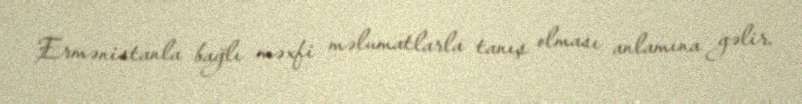
Ermənistanla bağlı məxfi məlumatlarla tanış olması anlamına gəlir.